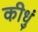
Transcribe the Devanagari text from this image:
कीधुं